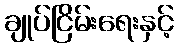
ချုပ်ငြိမ်းရေးနှင့်